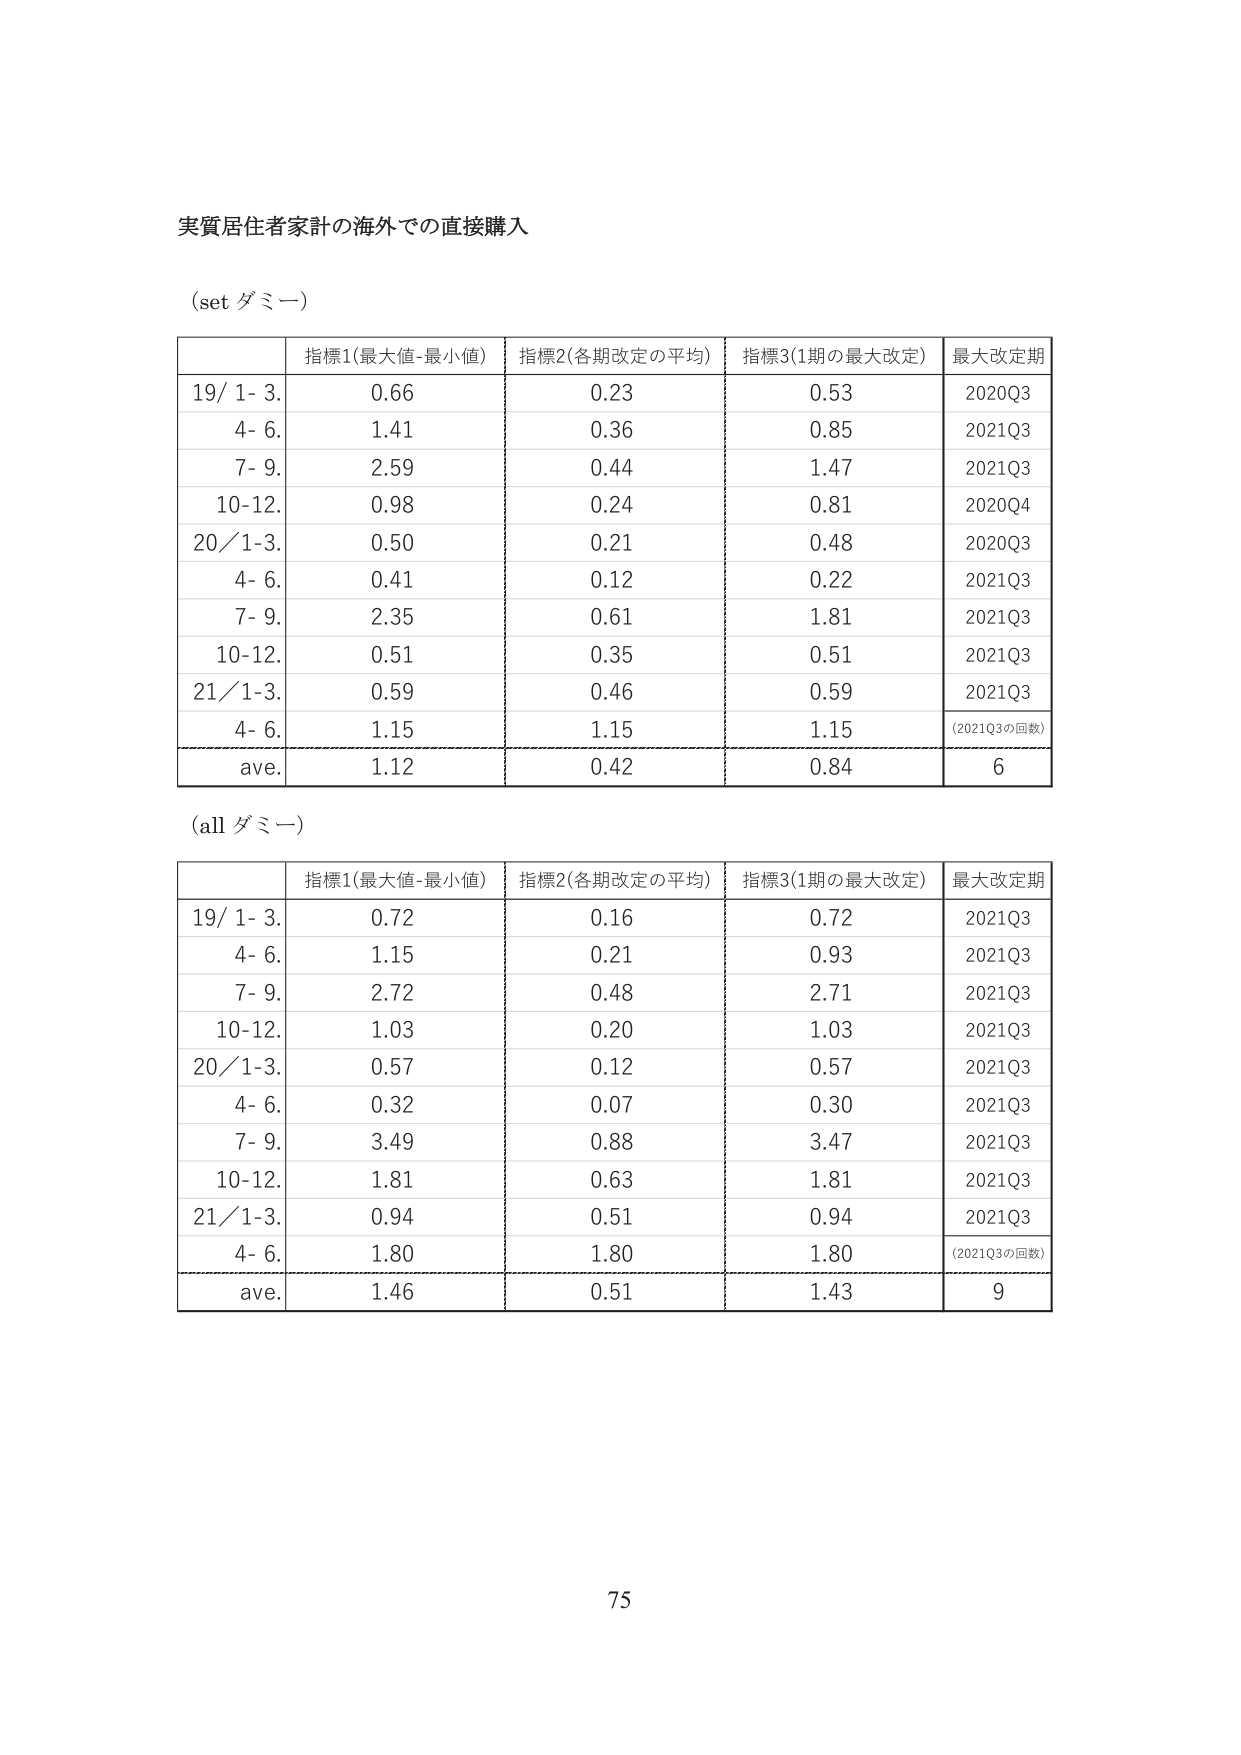
実質居住者家計の海外での直接購入

(set ダミー)

| | 指標1(最大値-最小値) | 指標2(各期改定の平均) | 指標3(1期の最大改定) | 最大改定期 |
|---|---|---|---|---|
| 19/ 1- 3. | 0.66 | 0.23 | 0.53 | 2020Q3 |
| 4- 6. | 1.41 | 0.36 | 0.85 | 2021Q3 |
| 7- 9. | 2.59 | 0.44 | 1.47 | 2021Q3 |
| 10-12. | 0.98 | 0.24 | 0.81 | 2020Q4 |
| 20/ 1-3. | 0.50 | 0.21 | 0.48 | 2020Q3 |
| 4- 6. | 0.41 | 0.12 | 0.22 | 2021Q3 |
| 7- 9. | 2.35 | 0.61 | 1.81 | 2021Q3 |
| 10-12. | 0.51 | 0.35 | 0.51 | 2021Q3 |
| 21/ 1-3. | 0.59 | 0.46 | 0.59 | 2021Q3 |
| 4- 6. | 1.15 | 1.15 | 1.15 | (2021Q3の回数) |
| ave. | 1.12 | 0.42 | 0.84 | 6 |

(all ダミー)

| | 指標1(最大値-最小値) | 指標2(各期改定の平均) | 指標3(1期の最大改定) | 最大改定期 |
|---|---|---|---|---|
| 19/ 1- 3. | 0.72 | 0.16 | 0.72 | 2021Q3 |
| 4- 6. | 1.15 | 0.21 | 0.93 | 2021Q3 |
| 7- 9. | 2.72 | 0.48 | 2.71 | 2021Q3 |
| 10-12. | 1.03 | 0.20 | 1.03 | 2021Q3 |
| 20/ 1-3. | 0.57 | 0.12 | 0.57 | 2021Q3 |
| 4- 6. | 0.32 | 0.07 | 0.30 | 2021Q3 |
| 7- 9. | 3.49 | 0.88 | 3.47 | 2021Q3 |
| 10-12. | 1.81 | 0.63 | 1.81 | 2021Q3 |
| 21/ 1-3. | 0.94 | 0.51 | 0.94 | 2021Q3 |
| 4- 6. | 1.80 | 1.80 | 1.80 | (2021Q3の回数) |
| ave. | 1.46 | 0.51 | 1.43 | 9 |

75